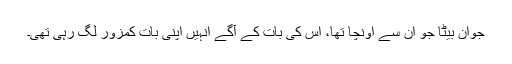
جوان بیٹا جو ان سے اونچا تھا، اس کی بات کے آگے انہیں اپنی بات کمزور لگ رہی تھی۔